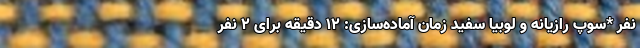
نفر *سوپ رازیانه و لوبیا سفید زمان آماده‌سازی: ۱۲ دقیقه برای ۲ نفر